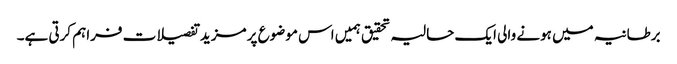
برطانیہ میں ہونے والی ایک حالیہ تحقیق ہمیں اس موضوع پر مزید تفصیلات فراہم کرتی ہے۔